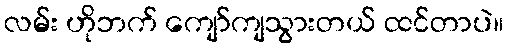
လမ်း ဟိုဘက် ကျော်ကျသွားတယ် ထင်တာပဲ။